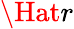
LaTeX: \Hat{r}